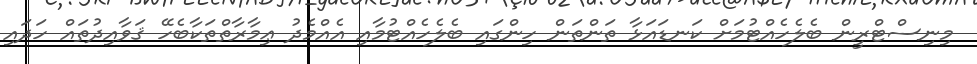
މިނިސްޓްރީން ބެލެހެއްޓުމަށް ކަނޑައަޅާ ތަންތަން ހިންގައި ބެލެހެއްޓުމާއި އެއްމެދު ޢިމާރާތްތަކާބެހޭ ޤަވާއިދުތައް ހަދައި